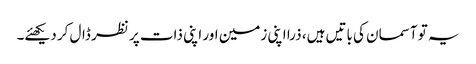
یہ تو آسمان کی باتیں ہیں، ذرا اپنی زمین اور اپنی ذات پر نظر ڈال کر دیکھئے۔